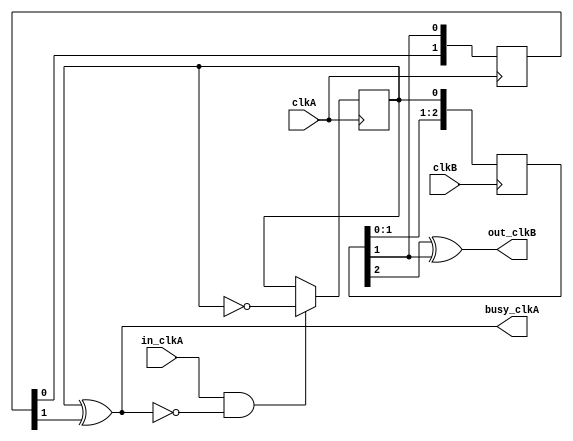
`timescale 1ns / 1ps
`define DLYFF #1
//////////////////////////////////////////////////////////////////////////////////
//
// Flag synchronizer, with feedback. Blatantly stolen from fpga4fun.com
//
//////////////////////////////////////////////////////////////////////////////////
module flag_sync(
    input clkA,
    input clkB,
    input in_clkA,
    output busy_clkA,
    output out_clkB
    );

	parameter CLKEDGEA="POSEDGE";
	parameter CLKEDGEB="POSEDGE";

	reg FlagToggle_clkA;
        (* ASYNC_REG = "TRUE" *)
	reg [2:0] SyncA_clkB;
        (* ASYNC_REG = "TRUE" *)
	reg [1:0] SyncB_clkA;

	initial begin
		SyncA_clkB <= 3'b000;
		SyncB_clkA <= 2'b00;
		FlagToggle_clkA <= 0;
	end
	
	generate
		if (CLKEDGEA=="POSEDGE") begin : A_POS_POL
			always @(posedge clkA) if (in_clkA & ~busy_clkA) FlagToggle_clkA <= `DLYFF ~FlagToggle_clkA;
			always @(posedge clkA) SyncB_clkA <= `DLYFF {SyncB_clkA[0],SyncA_clkB[1]};
		end else begin : A_NEG_POL
			always @(negedge clkA) if (in_clkA & ~busy_clkA) FlagToggle_clkA <= `DLYFF ~FlagToggle_clkA;
			always @(negedge clkA) SyncB_clkA <= `DLYFF {SyncB_clkA[0],SyncA_clkB[2]};
		end
	endgenerate
	generate
		if (CLKEDGEB=="POSEDGE") begin : B_POS_POL
			always @(posedge clkB) SyncA_clkB <= `DLYFF {SyncA_clkB[1:0], FlagToggle_clkA};
		end else begin : B_NEG_POL
			always @(negedge clkB) SyncA_clkB <= `DLYFF {SyncA_clkB[1:0], FlagToggle_clkA};
		end
	endgenerate

	assign out_clkB = (SyncA_clkB[2] ^ SyncA_clkB[1]);
	assign busy_clkA = FlagToggle_clkA ^ SyncB_clkA[1];
endmodule
`undef DLYFF